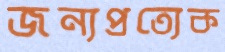
জন্যপ্রত্যেক